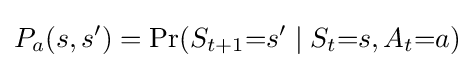
P_{a}(s,s')=\Pr(S_{t+1}{=}s'\mid S_{t}{=}s,A_{t}{=}a)